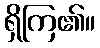
ရှိကြ၏။